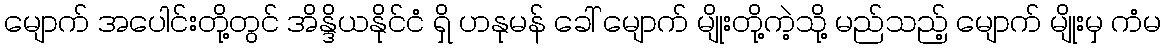
မျောက် အပေါင်းတို့တွင် အိန္ဒိယနိုင်ငံ ရှိ ဟနုမန် ခေါ် မျောက် မျိုးတို့ကဲ့သို့ မည်သည့် မျောက် မျိုးမှ ကံမ